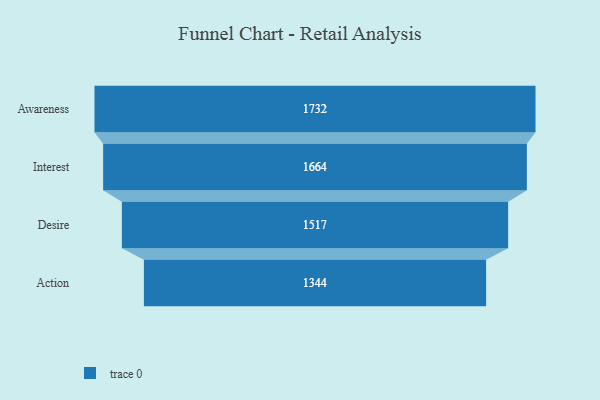
{"axis": {"x": "Stage", "y": "Value"}, "legend": [""], "data": [{"x": "Awareness", "y": 1732.0, "type": ""}, {"x": "Interest", "y": 1664.0, "type": ""}, {"x": "Desire", "y": 1517.0, "type": ""}, {"x": "Action", "y": 1344.0, "type": ""}]}